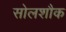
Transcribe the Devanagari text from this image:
सोलशौक